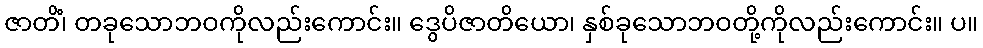
ဇာတိံ၊ တခုသောဘဝကိုလည်းကောင်း။ ဒွေပိဇာတိယော၊ နှစ်ခုသောဘဝတို့ကိုလည်းကောင်း။ ပ။